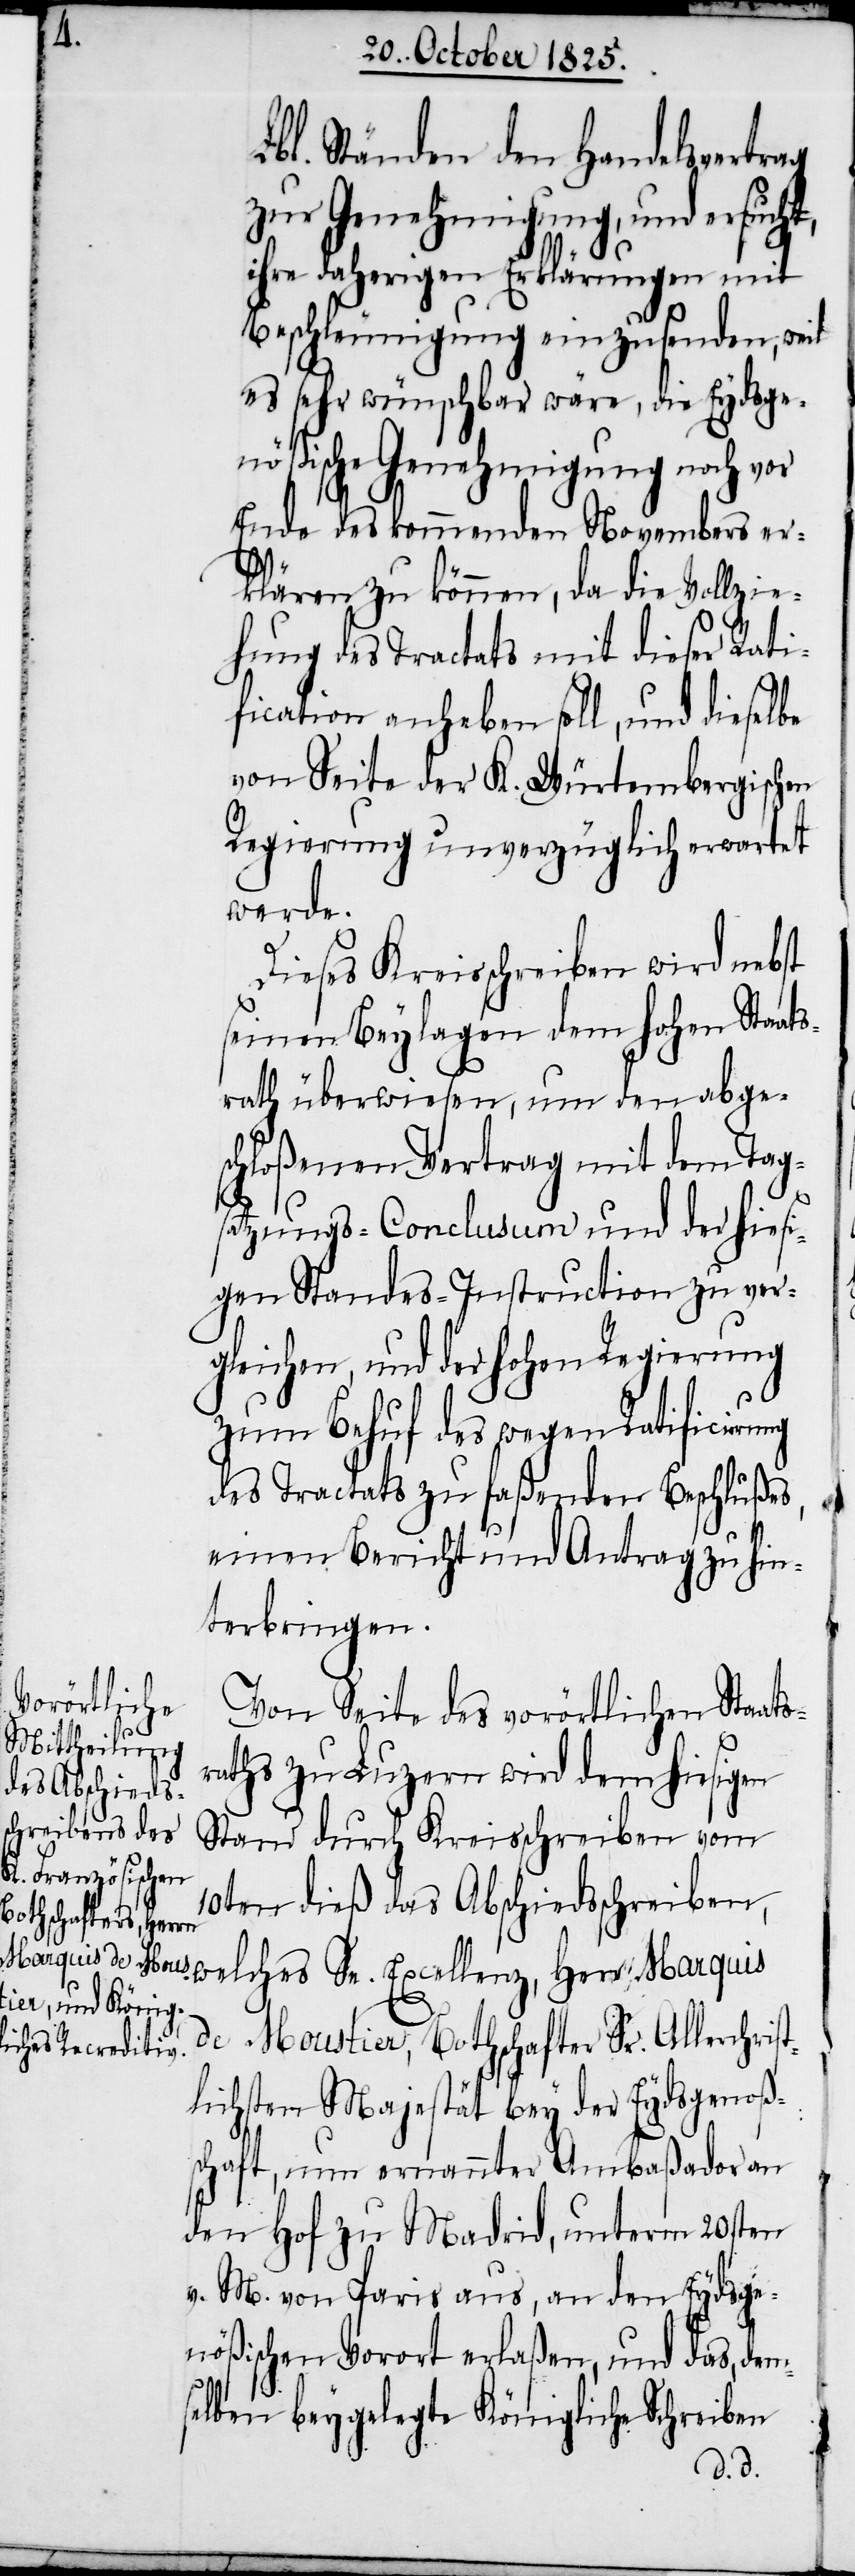
Lbl. Ständen den Handelsvertrag
zur Genehmigung, und ersucht,
ihre daherigen Erklärungen mit
Beschleunigung einzusenden, weil
es sehr wünschbar wäre, die Eydsge¬
nößische Genehmigung noch vor
Ende des kommenden Novembers er¬
klären zu können, da die Vollzie¬
hung des Tractats mit dieser Rati¬
fication anheben soll, und dieselbe
von Seite der K. Würtembergischen
Regierung unverzüglich erwartet
werde.
Dieses Kreisschreiben wird nebst
seinen Beylagen dem hohen Staats¬
rath überwiesen, um den abge¬
schloßenen Vertrag mit dem Tag¬
satzungs-Conclusum und der hiesi¬
gen Standes-Instruction zu ver¬
gleichen, und der hohen Regierung
st¬
zum Behuf des wegen Ratificirung
des Tractats zu faßenden Beschlußes,
einen Bericht und Antrag zu hin¬
terbringen.
Von Seite des vorörtlichen Staats¬
raths zu Luzern wird dem hiesigen
Stand durch Kreisschreiben vom
10ten dieß das Abschiedsschreiben,
welches Se. Excellenz, Herr Marquis
de Moustier, Botschafter Sr. Allerchri¬
lichsten Majestät bey der Eydsgenoße¬
nschaft, nun ernannter Ambaßador an
den Hof zu Madrid, unterm 20sten
v. M. von Paris aus, an den Eydsge¬
nößischen Vorort erlaßen, und das, dem¬
selben beygelegte Königliche Schreiben